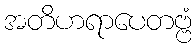
အတိဟရာပေတဗ္ဗံ